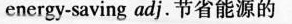
energy-saving adj.节省能源的